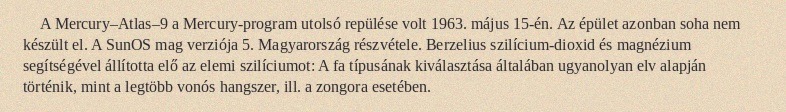
A Mercury–Atlas–9 a Mercury-program utolsó repülése volt 1963. május 15-én. Az épület azonban soha nem készült el. A SunOS mag verziója 5. Magyarország részvétele. Berzelius szilícium-dioxid és magnézium segítségével állította elő az elemi szilíciumot: A fa típusának kiválasztása általában ugyanolyan elv alapján történik, mint a legtöbb vonós hangszer, ill. a zongora esetében.